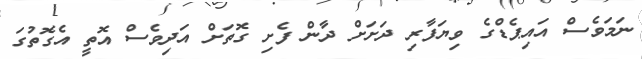
ނަމަވެސް އައިޕެޑްގެ ވިޔަފާރި ދަށަށް ދާން ފެށި ގޮތަށް އަދިވެސް އޮތީ އެގޮތުގަ